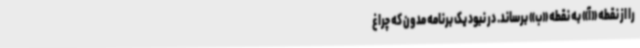
را از نقطه «آ» به نقطه «ب» برساند. در نبود یک برنامه مدون که چراغ